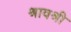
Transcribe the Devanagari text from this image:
श्रावश्री